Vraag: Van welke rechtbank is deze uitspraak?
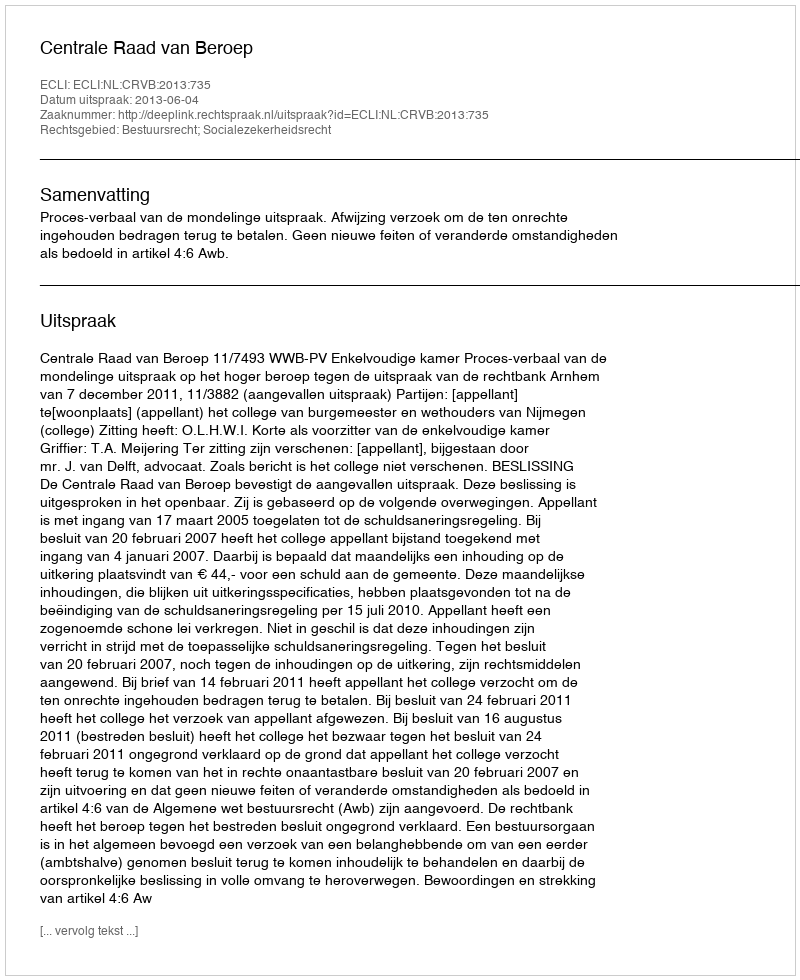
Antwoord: Centrale Raad van Beroep